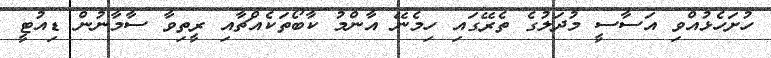
ހުށަހެޅުއްވި އަސާސީ މުދަލުގެ ތެރޭގައި ހިމެނޭ އާންމު ކާބޯތަކެއްޗާއި ރީތިވާ ސާމާނުން ޑިއުޓީ